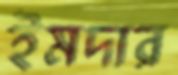
ইমদার